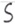
Text: S